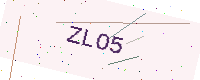
Text: ZLO5